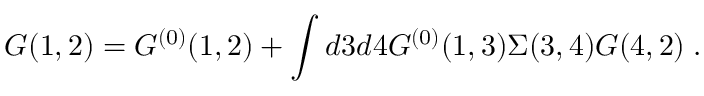
G ( 1 , 2 ) = G ^ { ( 0 ) } ( 1 , 2 ) + \int d 3 d 4 G ^ { ( 0 ) } ( 1 , 3 ) \Sigma ( 3 , 4 ) G ( 4 , 2 ) \; .